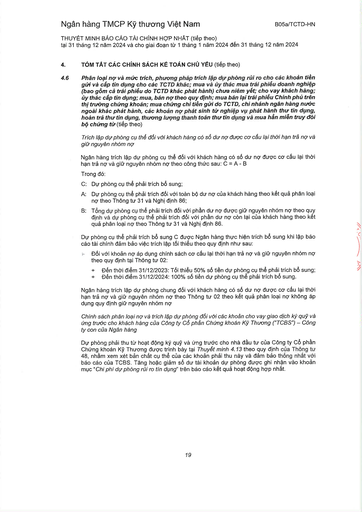
|C:|Dự phòng cụ thể phải trích bổ sung;| |---|---| |A:|Dự phòng cụ thể phải trích đối với toàn bộ dư nợ của khách hàng theo kết quả phân loại nợ theo Thông tư 31 và Nghị định 86;| |B:|Tổng dự phòng cụ thể phải trích đối với phần dư nợ được giữ nguyên nhóm nợ theo quy định và dự phòng cụ thể phải trích đối với phần dư nợ còn lại của khách hàng theo kết quả phân loại nợ theo Thông tư 31 và Nghị định 86.|